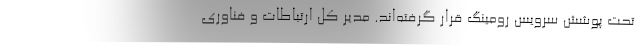
تحت پوشش سرویس رومینگ قرار گرفته‌‌اند. مدیر کل ارتباطات و فناوری